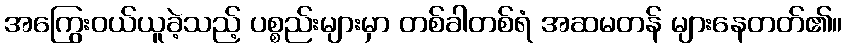
အကြွေးဝယ်ယူခဲ့သည့် ပစ္စည်းများမှာ တစ်ခါတစ်ရံ အဆမတန် များနေတတ်၏။